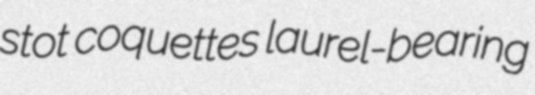
stot coquettes laurel-bearing